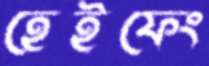
হেইফেং